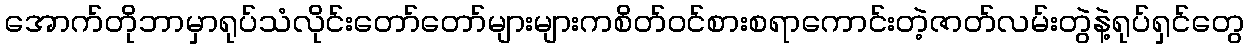
အောက်တိုဘာမှာရုပ်သံလိုင်းတော်တော်များများကစိတ်ဝင်စားစရာကောင်းတဲ့ဇာတ်လမ်းတွဲနဲ့ရုပ်ရှင်တွေ